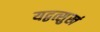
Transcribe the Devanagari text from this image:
यद्वत्सुखं